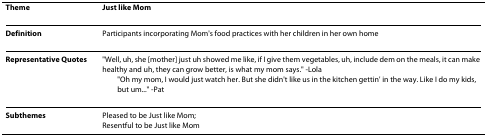
<table><thead><tr><td><b>Theme</b></td><td><b>Just like Mom</b></td></tr></thead><tbody><tr><td><b>Definition</b></td><td>Participants incorporating Mom&#x27;s food practices with her children in her own home</td></tr><tr><td><b>Representative Quotes</b></td><td>&quot;Well, uh, she [mother] just uh showed me like, if I give them vegetables, uh, include dem on the meals, it can make healthy and uh, they can grow better, is what my mom says.&quot; -Lola&quot;Oh my mom, I would just watch her. But she didn&#x27;t like us in the kitchen gettin&#x27; in the way. Like I do my kids, but um...&quot; -Pat</td></tr><tr><td><b>Subthemes</b></td><td>Pleased to be Just like Mom;Resentful to be Just like Mom</td></tr></tbody></table>